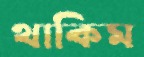
থাকিম